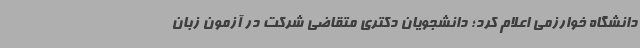
دانشگاه خوارزمی اعلام کرد؛ دانشجویان دکتری متقاضی شرکت در آزمون زبان